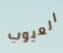
العيوب